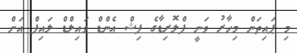
މި ޕައިތަން މިހާރު ވަނީ ފްލޮރިޑާގެ ފިޝް އެންޑް ވައިލްޑް ލައިފް އަށް